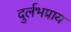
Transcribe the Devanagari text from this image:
दुर्लभप्राय